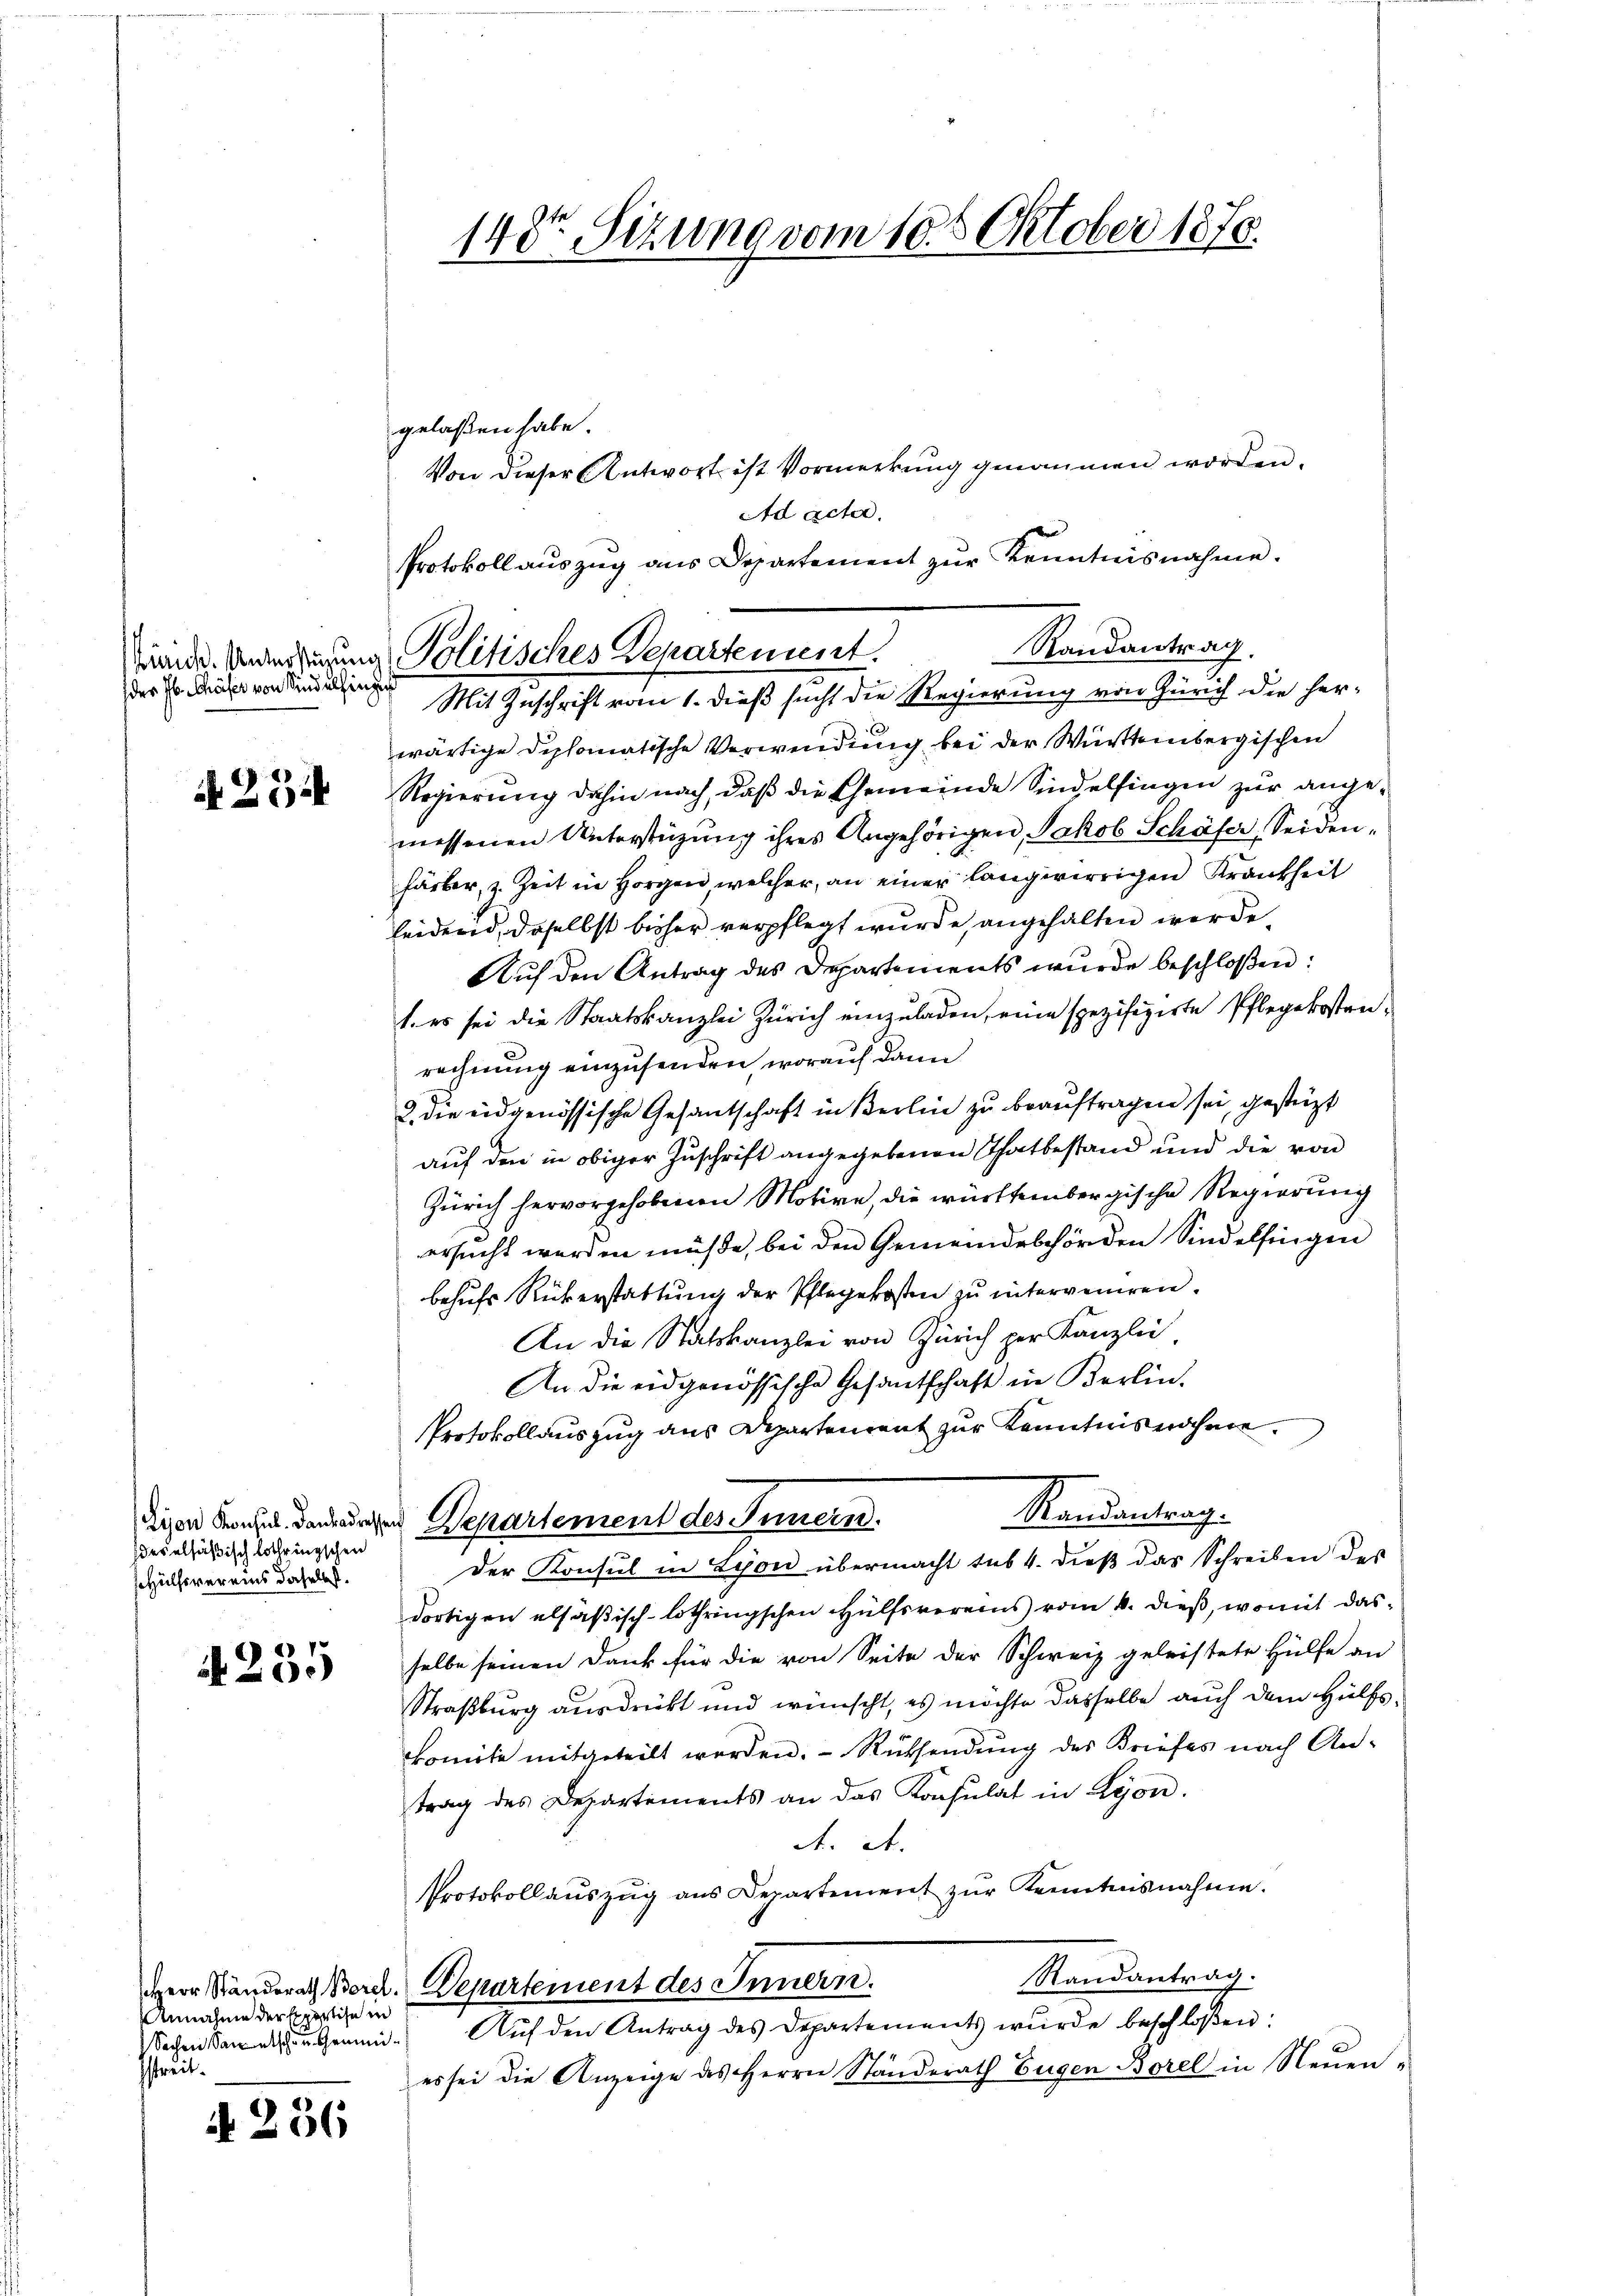
des P. Chäfer von Sindelfingis

N 22

(des alsäßisch Lothringschen
shülfsvereins daselbst.

N 235

Unnahme der Beise in
streit.

d. 236

Protokoll auszug aus Departement zur Kenntnisnahme.
tunde. Unterdigung Politisches Departement.
Mit Zuschrift vom 1. dieß sucht die Regierung von Zürich die her¬

gelaßen habe.
Von dieser Antwort ist Vormerkung genommen worden.
Ad acter
Randantrag.
wärtige Diplomatische Verwendung bei der Württembergischen
Regierung dahin nach, daß die Gemeinde Sindelfingen zur angemessenen Unterstüzung ihres Angehörigen, Jakob Schäfer, Seidenfärber, z. Zeit in Horgen welcher, an einer langwirrigen Krankheit
leidend, daselbst bisher verpflegt wurde, angehalten werde,
Auf den Antrag des Departements wurde beschloßen:
1. es sei die Staatskanzlei Zürich einzŭladen, eine spezifizirte Pflegekosten-
rechnung einzusenden, worauf dann
2. die eidgenössische Gesantschaft in Berlin zu beauftragen sei, gestüzt
auf den in obiger Zuschrift angegebenen Thatbestand und die von
Zürich hervorgehobenen Motive, die württembergische Regierung
ersucht werden müße, bei den Gemeindebehörden Sindelfingen
behufs Rükerstattung der Pflegekosten zu interveniren.
An die Statskanzlei von Zürich per Kanzlei
An die eidgenössische Gesantschaft in Berlin.
Protokollauszug aus Departement zur Kenntnisnahme.
Randantrag.
diesen Konzes danarchen Departement des Innern.
Der Konsul in Lyon übermacht sub 4. dieß das Schreiben des
dortigen elsäßisch-lothringschen Hülfsvereins vom 4. dieß, womit das
selbe seinen Dank für die von Seite der Schweiz geleistete Hülfe an
Straßburg ausdrückt und wünscht, es möchte dasselbe auch dem Hülfskkomite mitgeteilt werden. Rücksendung des Briefes nach Antrag des Departements an das Konsulat in Lyon.
A. A.
Protokollauszug aus Departement zŭr Kenntnisnahme.
Randantrag.
Herr Standerath Berch. Departement des Innern.
sachen den Gr. Aŭf den Antrag des Departements wurde beschloßen:
es sei die Anzeige des Herrn Ständerath Eugen Borel in Neuen-

148te Sitzung vom 10. 5. Oktober 1870.